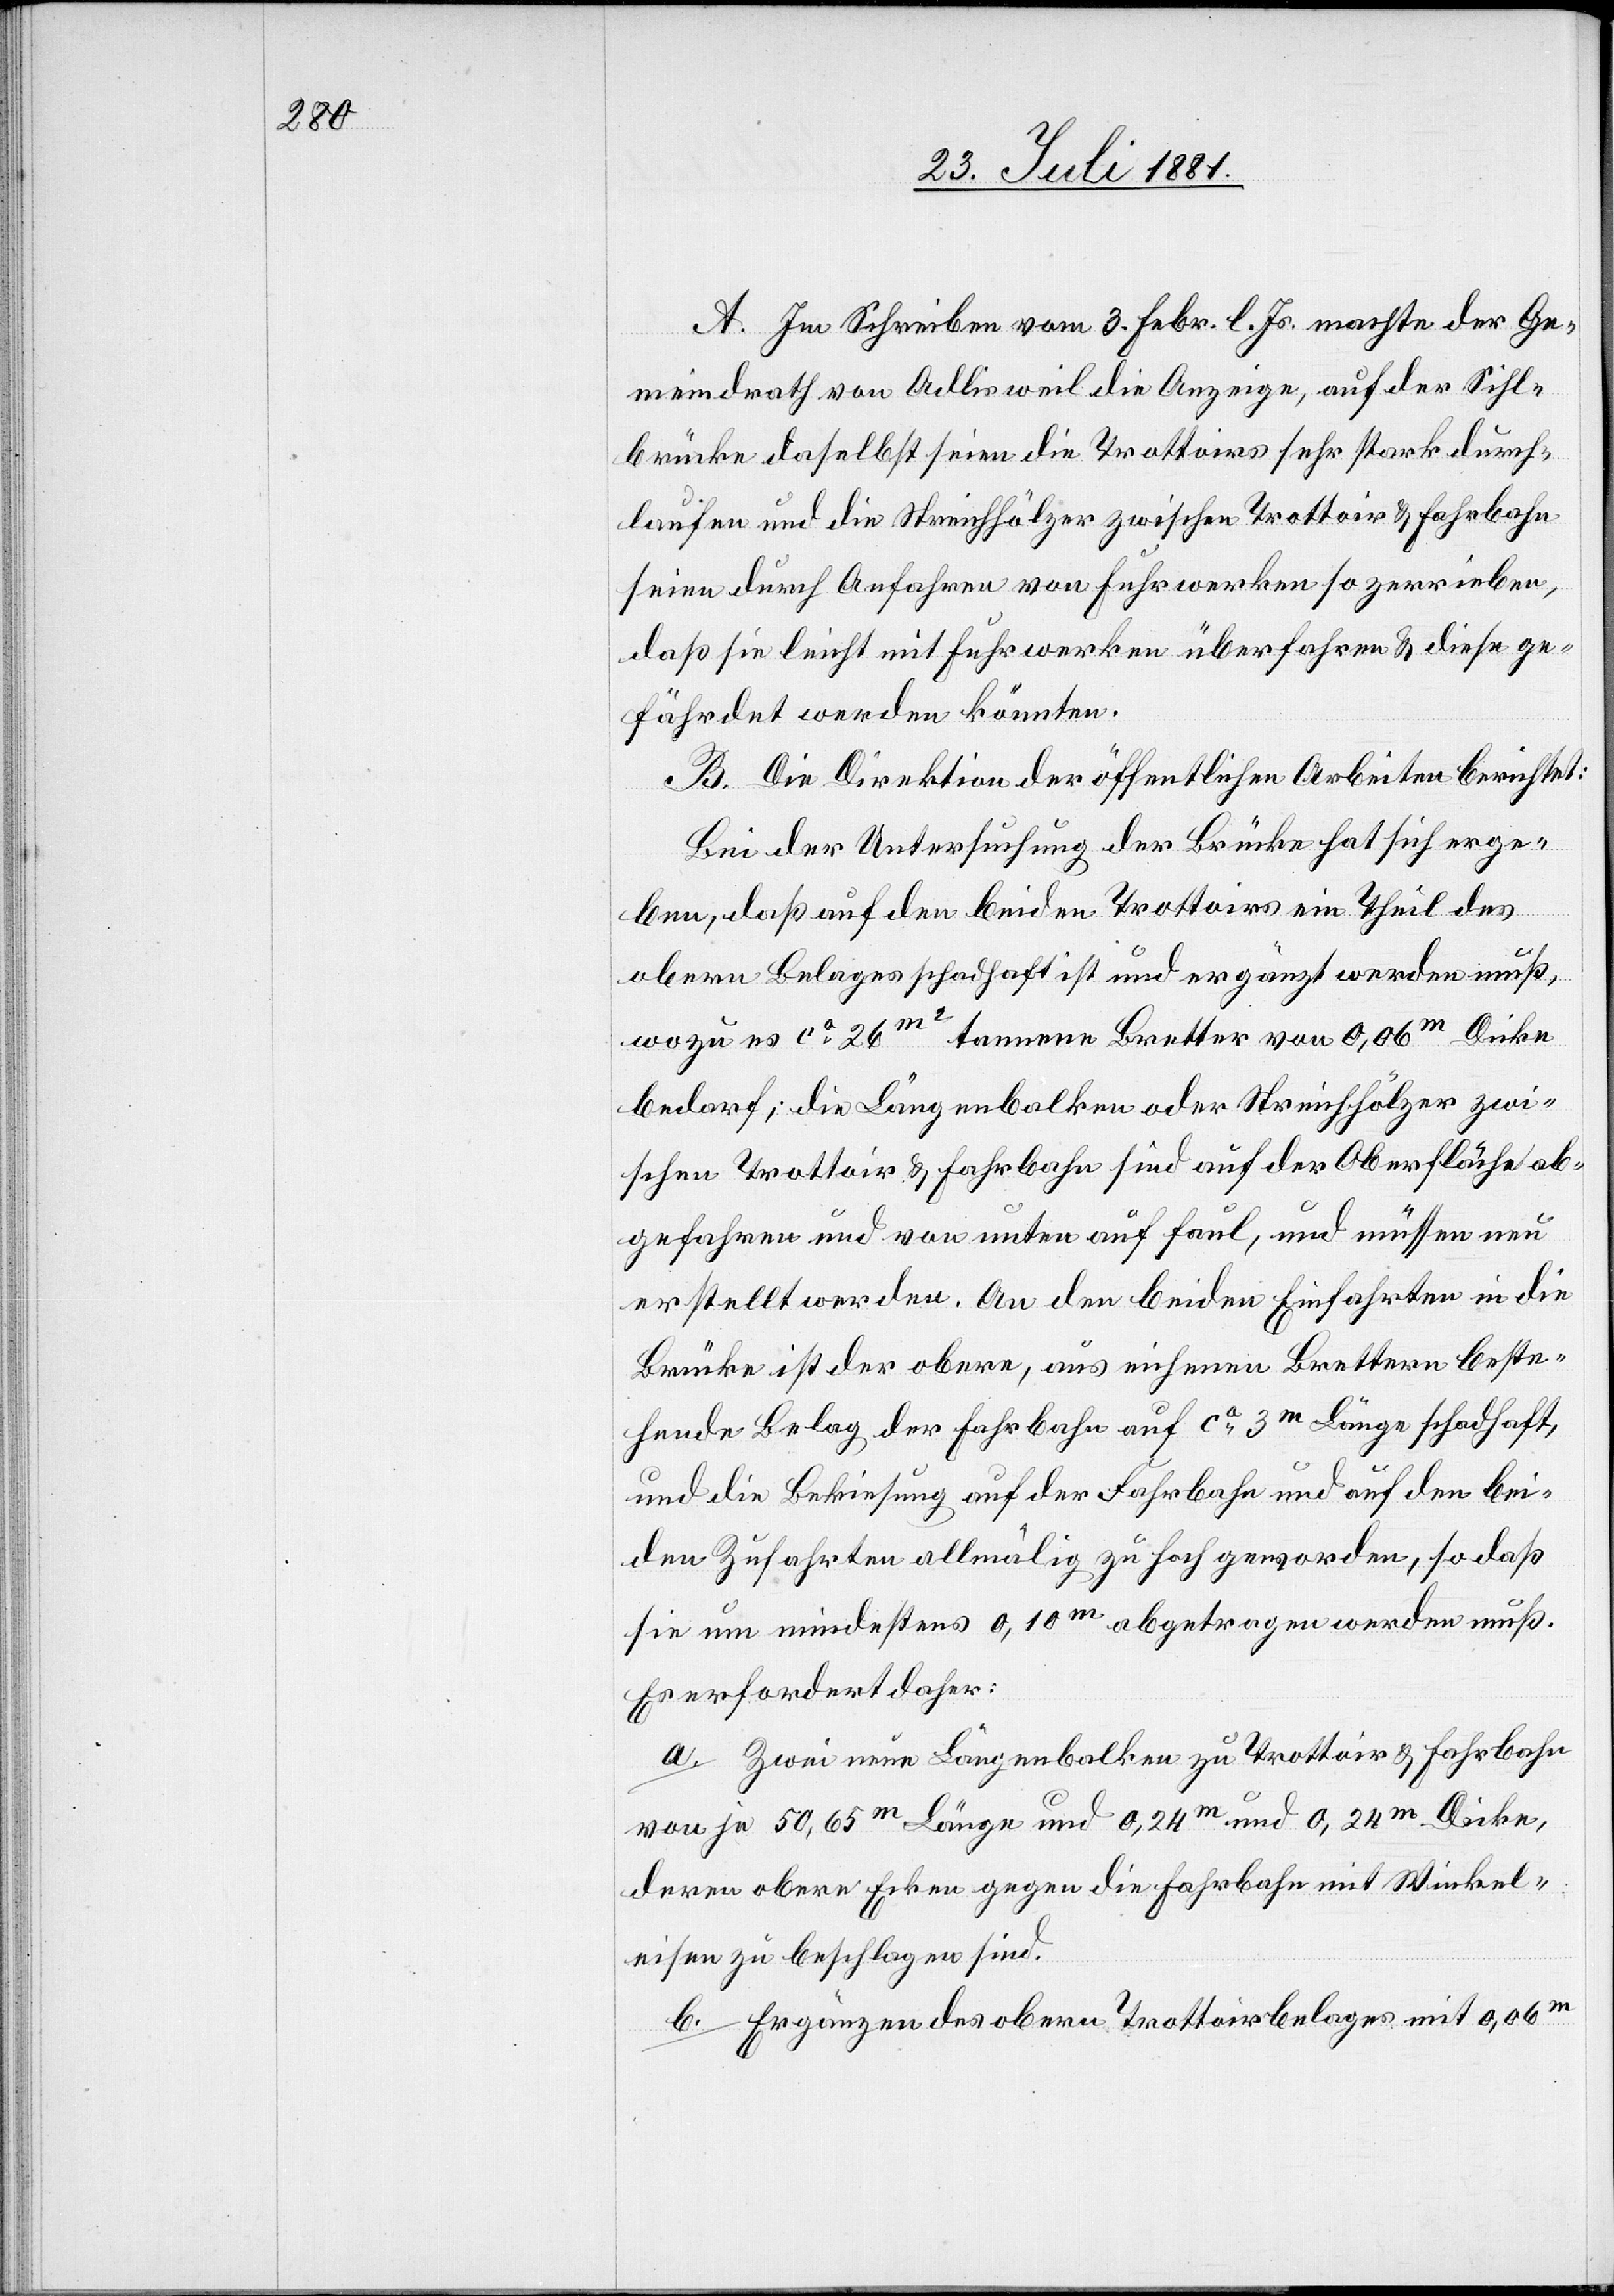
A. Im Schreiben vom 3. Febr. l. Js. machte der Ge¬
meindrath von Adlisweil die Anzeige, auf der Sihl¬
brücke daselbst seien die Trottoirs sehr stark durch¬
laufen und die Streichhölzer zwischen Trottoir & Fahrbahn
seien durch Anfahren von Fuhrwerken so zerrieben,
daß sie leicht mit Fuhrwerken überfahren & diese ge¬
fährdet werden könnten.
B. Die Direktion der öffentlichen Arbeiten berichtet:
Bei der Untersuchung der Brücke hat sich erge¬
ben, daß auf den beiden Trottoirs ein Theil des
obern Belages schadhaft ist und ergänzt werden muß,
wozu es ca 26m2 tannene Bretter von 0,06m Dicke
bedarf; die Längenbalken oder Streichhölzer zwi¬
schen Trottoir & Fahrbahn sind auf der Oberfläche ab¬
gefahren und von unten auf faul, und müssen neu
erstellt werden. An den beiden Einfahrten in die
Brücke ist der obere, aus eichenen Brettern beste¬
hende Belag der Fahrbahn auf ca 3m Länge schadhaft,
und die Bekiesung auf der Fahrbahn und auf den bei¬
den Zufahrten allmählig zu hoch geworden, so daß
sie nun mindestens 0,10m abgetragen werden muß.
Es erfordert daher:
a. Zwei neue Längenbalken zu Trottoir & Fahrbahn
von je 50,65m Länge und 0,24m und 0,24m Dicke
deren obere Ecken gegen die Fahrbahn mit Winkel¬
eisen zu beschlagen sind.
b. Ergänzen des obern Trottoirbelages mit 0,06m